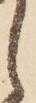
し